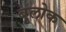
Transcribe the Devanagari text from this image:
बुलोक